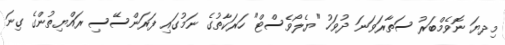
މިދޔަ ނޮވެމްބަރު ސަތާރަވަނަ ދުވަހު "ޔެލޯވެސްޓް" ހަރަކާތުގެ ނަމުގައި ފަރަންސޭސި ރައްޔިތުންގެ ގިނަ